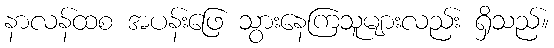
နာလန်ထစ အပန်းဖြေ သွားနေကြသူများလည်း ရှိသည်။